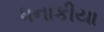
ધનાકીયા